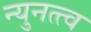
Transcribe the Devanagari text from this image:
न्युनत्त्व